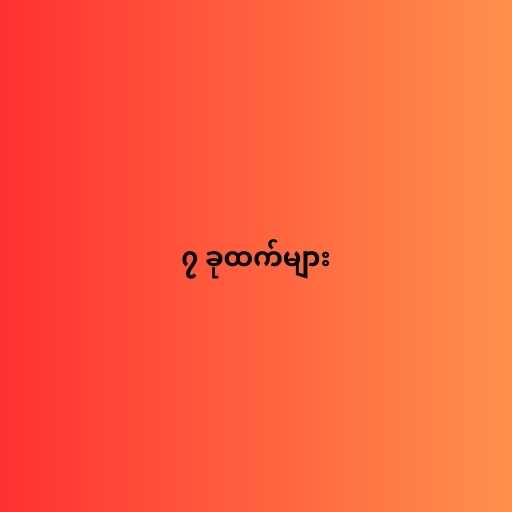
၇ ခုထက်များ